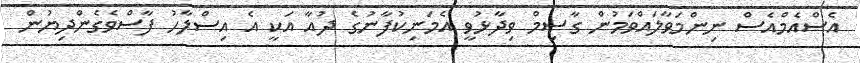
އެސްއެމްއެސް ނިންމަވާލައްވަމުން ގާސިމް ވިދާޅުވީ އެމަނިކުފާނުގެ ދުއާ އަކީ އެ އިސްލާހު ފާސްވެގެންދިޔުން